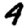
Digit: 4